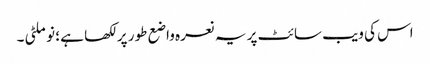
اس کی ویب سائٹ پر یہ نعرہ واضع طور پر لکھا ہے ؛ نو ملٹی ۔